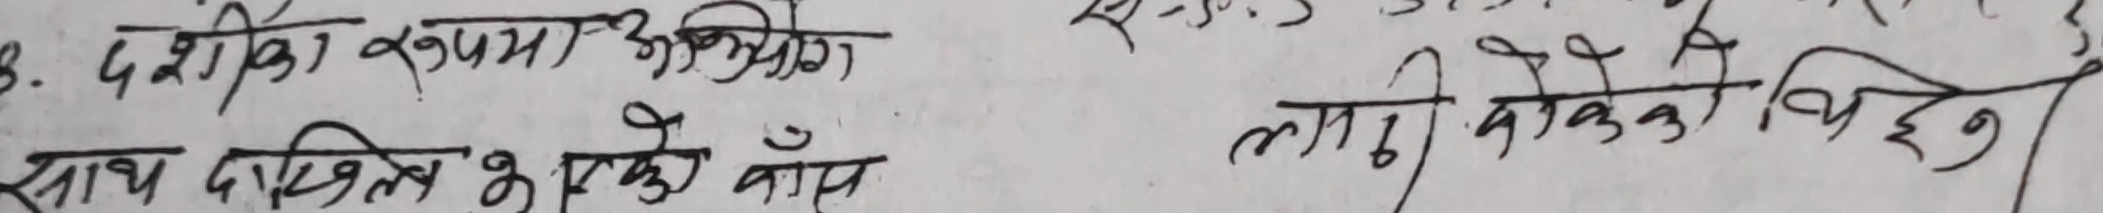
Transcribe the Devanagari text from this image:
दश निका रुपमा अभिप्राय
साथ दाखिल गरेको काफि